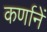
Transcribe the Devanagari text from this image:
कर्णानें